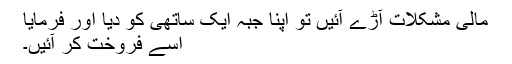
مالی مشکلات آڑے آئیں تو اپنا جبّہ ایک ساتھی کو دیا اور فرمایا
اسے فروخت کر آئیں۔